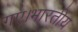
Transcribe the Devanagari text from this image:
गए।भारतीय